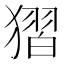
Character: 𰡥